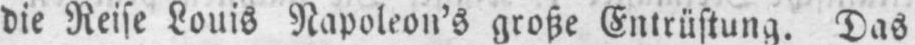
die Reise Louis Napoleon’s große Entrüstung. Das